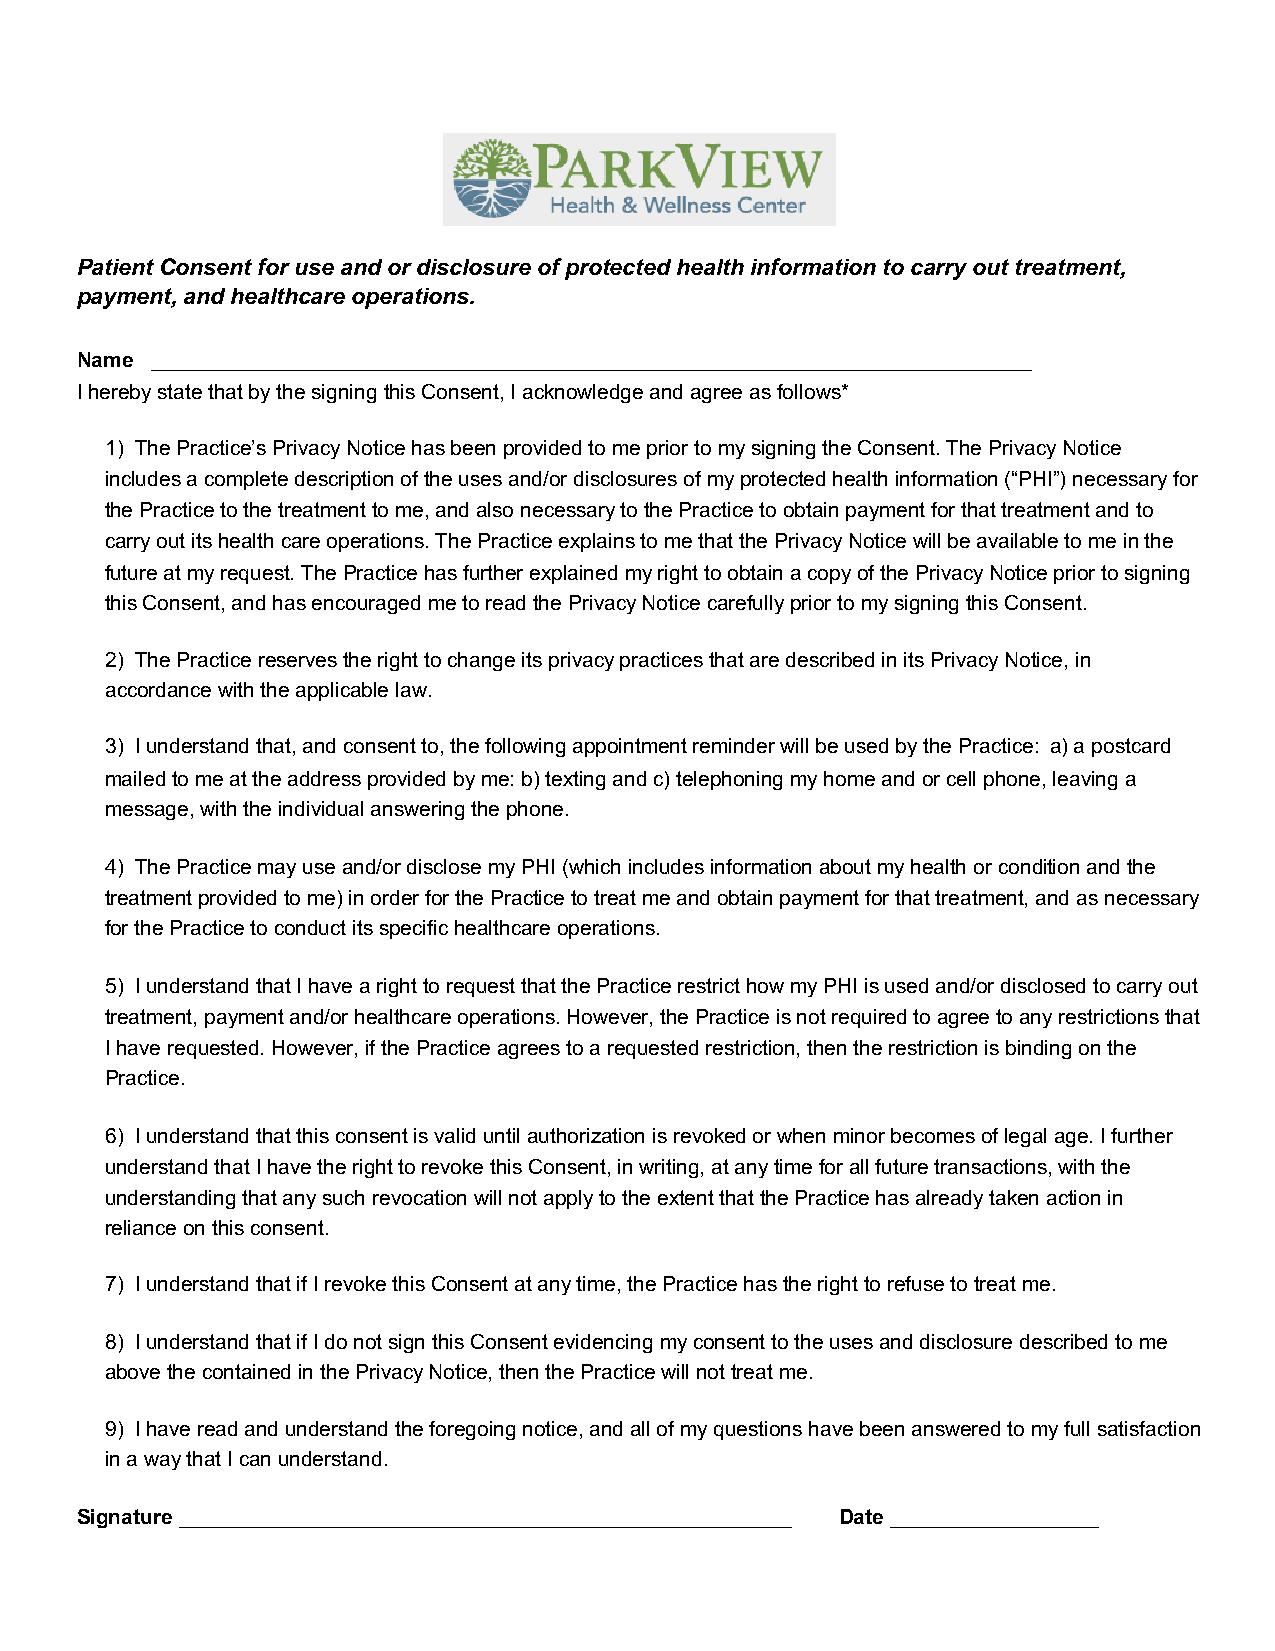
Patient Consent for use and or disclosure of protected health information to carry out treatment,
 payment, and healthcare operations.
 Name ____________________________________________________________________________
 I hereby state that by the signing this Consent, I acknowledge and agree as follows*
 1) The Practice’s Privacy Notice has been provided to me prior to my signing the Consent. The Privacy Notice
 includes a complete description of the uses and/or disclosures of my protected health information (“PHI”) necessary for
 the Practice to the treatment to me, and also necessary to the Practice to obtain payment for that treatment and to
 carry out its health care operations. The Practice explains to me that the Privacy Notice will be available to me in the
 future at my request. The Practice has further explained my right to obtain a copy of the Privacy Notice prior to signing
 this Consent, and has encouraged me to read the Privacy Notice carefully prior to my signing this Consent.
 2) The Practice reserves the right to change its privacy practices that are described in its Privacy Notice, in
 accordance with the applicable law.
 3) I understand that, and consent to, the following appointment reminder will be used by the Practice: a) a postcard
 mailed to me at the address provided by me: b) texting and c) telephoning my home and or cell phone, leaving a
 message, with the individual answering the phone.
 4) The Practice may use and/or disclose my PHI (which includes information about my health or condition and the
 treatment provided to me) in order for the Practice to treat me and obtain payment for that treatment, and as necessary
 for the Practice to conduct its specific healthcare operations.
 5) I understand that I have a right to request that the Practice restrict how my PHI is used and/or disclosed to carry out
 treatment, payment and/or healthcare operations. However, the Practice is not required to agree to any restrictions that
 I have requested. However, if the Practice agrees to a requested restriction, then the restriction is binding on the
 Practice.
 6) I understand that this consent is valid until authorization is revoked or when minor becomes of legal age. I further
 understand that I have the right to revoke this Consent, in writing, at any time for all future transactions, with the
 understanding that any such revocation will not apply to the extent that the Practice has already taken action in
 reliance on this consent.
 7) I understand that if I revoke this Consent at any time, the Practice has the right to refuse to treat me.
 8) I understand that if I do not sign this Consent evidencing my consent to the uses and disclosure described to me
 above the contained in the Privacy Notice, then the Practice will not treat me.
 9) I have read and understand the foregoing notice, and all of my questions have been answered to my full satisfaction
 in a way that I can understand.
 Signature _____________________________________________________ Date __________________